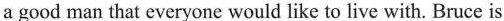
a good man that everyone would like to live with. Bruce is